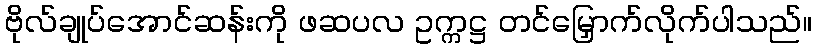
ဗိုလ်ချုပ်အောင်ဆန်းကို ဖဆပလ ဥက္ကဋ္ဌ တင်မြှောက်လိုက်ပါသည်။